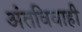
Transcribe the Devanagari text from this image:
अंतविवाही